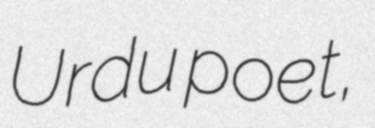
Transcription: Urdu poet,